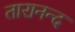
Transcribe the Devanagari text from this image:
तारानन्द